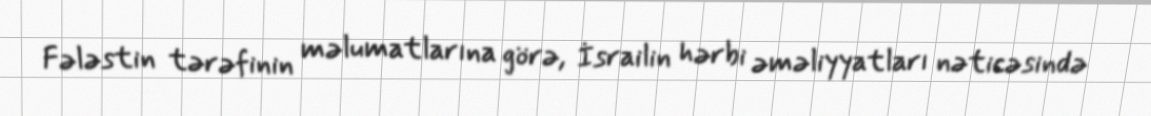
Fələstin tərəfinin məlumatlarına görə, İsrailin hərbi əməliyyatları nəticəsində